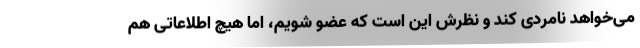
می‌خواهد نامردی کند و نظرش این است که عضو شویم، اما هیچ اطلاعاتی هم